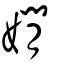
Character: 嫺